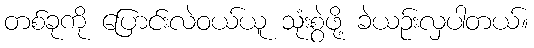
တစ်ခုကို ပြောင်းလဲဝယ်ယူ သုံးစွဲဖို့ ခဲယဉ်းလှပါတယ်။